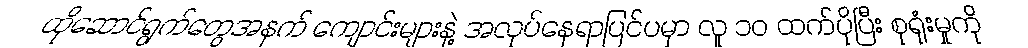
ထိုဆောင်ရွက်တွေအနက် ကျောင်းများနဲ့ အလုပ်နေရာပြင်ပမှာ လူ ၁၀ ထက်ပိုပြီး စုရုံးမှုကို